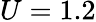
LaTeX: U=1.2